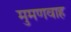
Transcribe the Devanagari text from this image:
मुमणवाह